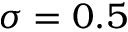
\sigma = 0 . 5